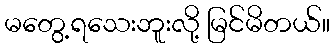
မတွေ့ရသေးဘူးလို့ မြင်မိတယ်။